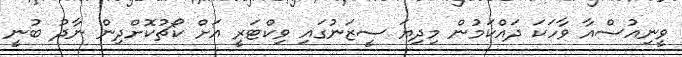
ވީނިއުސްއާ ވާހަކަ ދައްކަމުން މިދިޔަ ސީޒަނުގައި ވިކްޓަރީ އަށް ކޯޗުކޮށްދިން ނާދު ބުނީ